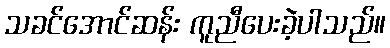
သခင်အောင်ဆန်း ကူညီပေးခဲ့ပါသည်။